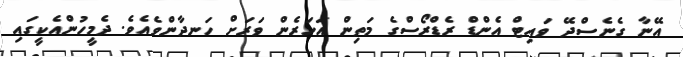
އޭނާ ގެނެސްދޭ ވައިޓް އެންޑް ރެޑްރޯސްގެ މަތިން އަހަރެން ވަރަށް ހަނދާންވެއެވެ. ދެމީހުންއެކީގައި